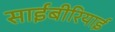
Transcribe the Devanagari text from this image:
साईबीरियाई